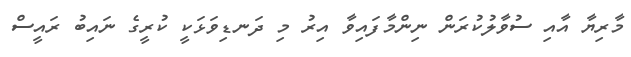
މާރިޔާ އާއި ސުވާލުކުރަން ނިންމާފައިވާ އިރު މި ދަނޑިވަޅަކީ ކުރީގެ ނައިބު ރައީސް